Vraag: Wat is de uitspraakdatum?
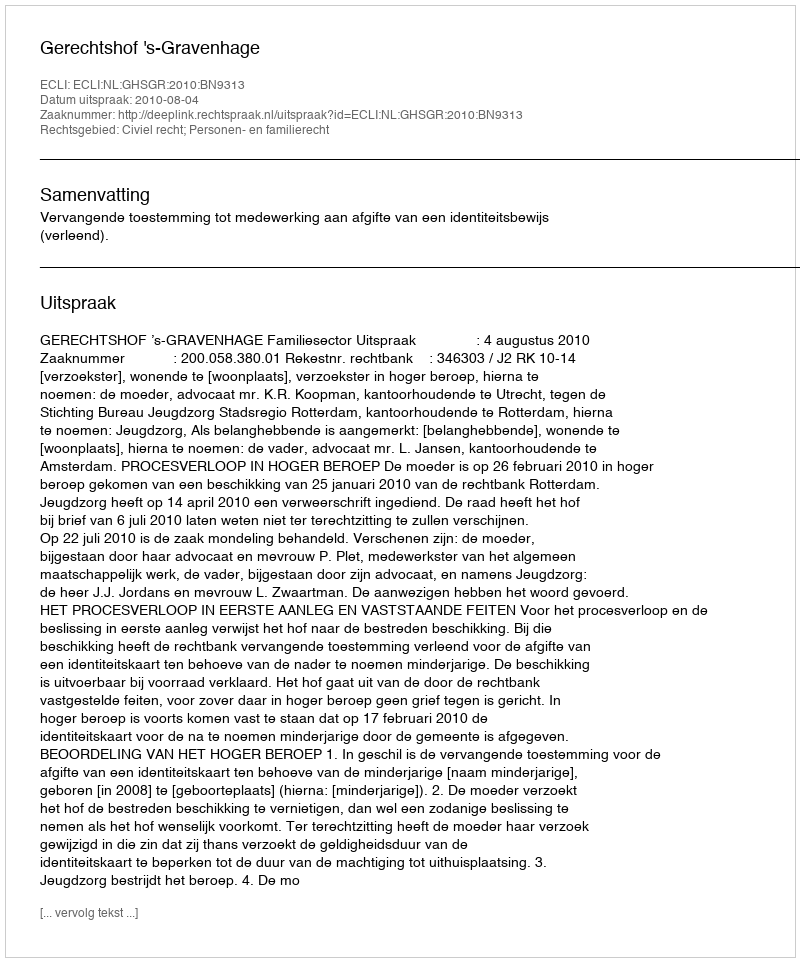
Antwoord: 2010-08-04